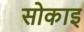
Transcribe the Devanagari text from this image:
सोकाइ